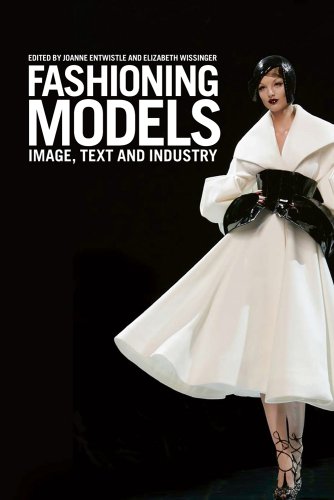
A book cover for Fashioning Models: Image, Text and Industry; Arts & Photography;